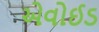
એવોઈડ